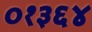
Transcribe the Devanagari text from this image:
०१३६४